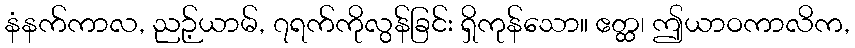
နံနက်ကာလ, ညဉ့်ယာမ်, ၇ရက်ကိုလွန်ခြင်း ရှိကုန်သော။ ဧတ္ထ၊ ဤယာဝကာလိက,